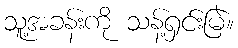
သူ့အခန်းကို သန့်ရှင်းမြဲ။